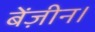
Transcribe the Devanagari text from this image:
बेंज़ीन।